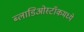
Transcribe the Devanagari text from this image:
ब्लाडिओस्टॉकमध्ये